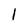
Character: l